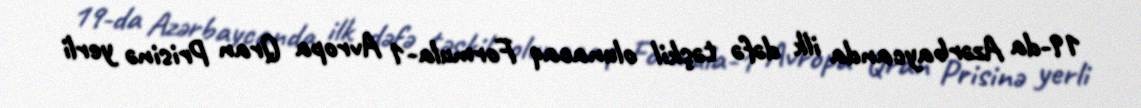
19-da Azərbaycanda ilk dəfə təşkil olunacaq Formula-1 Avropa Qran Prisinə yerli